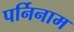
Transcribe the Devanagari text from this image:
पर्निनाम